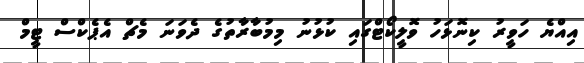
އިއްޔެ ހަވީރު ކިނޮޅަހު ވޮލީކޯޓްގައި ކުޅުނު މިމުބާރާތުގެ ދެވަނަ މެޗް އެޕެކްސް ޓީމް